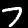
Digit: 7